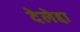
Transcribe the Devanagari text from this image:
देलेद्दा